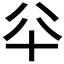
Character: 𠦎